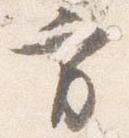
方